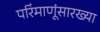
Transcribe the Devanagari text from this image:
परिंमाणूंसारख्या